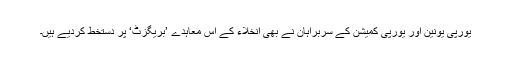
یورپی یونین اور یورپی کمیشن کے سربراہان نے بھی انخلاء کے اس معاہدے ’بریگزٹ‘ پر دستخط کردیے ہیں۔